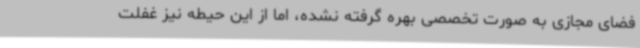
فضای مجازی به صورت تخصصی بهره گرفته نشده، اما از این حیطه نیز غفلت